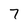
Character: 7